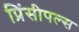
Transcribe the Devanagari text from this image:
प्रिंसीपल्स